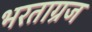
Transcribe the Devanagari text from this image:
भरताग्रज